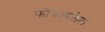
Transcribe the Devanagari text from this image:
फोफावलेलं